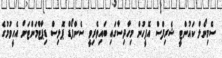
ސެމިނޯލް ކައުންޓީ ޝެރިފްސް އޮފީހުން މިހާދިސާގައި ބައިވެރިވީ ސެންފޯޑް ޕޮލިސް ޑިޕާޓްމަންޓަށް އެހީވުމުގެ